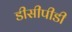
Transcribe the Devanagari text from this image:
डीसीपीडी